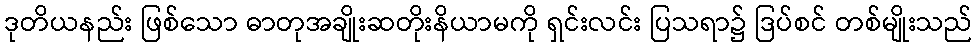
ဒုတိယနည်း ဖြစ်သော ဓာတုအချိုးဆတိုးနိယာမကို ရှင်းလင်း ပြသရာ၌ ဒြပ်စင် တစ်မျိုးသည်